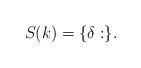
LaTeX: \begin{align*}S(k) = \{\delta: \}.\end{align*}